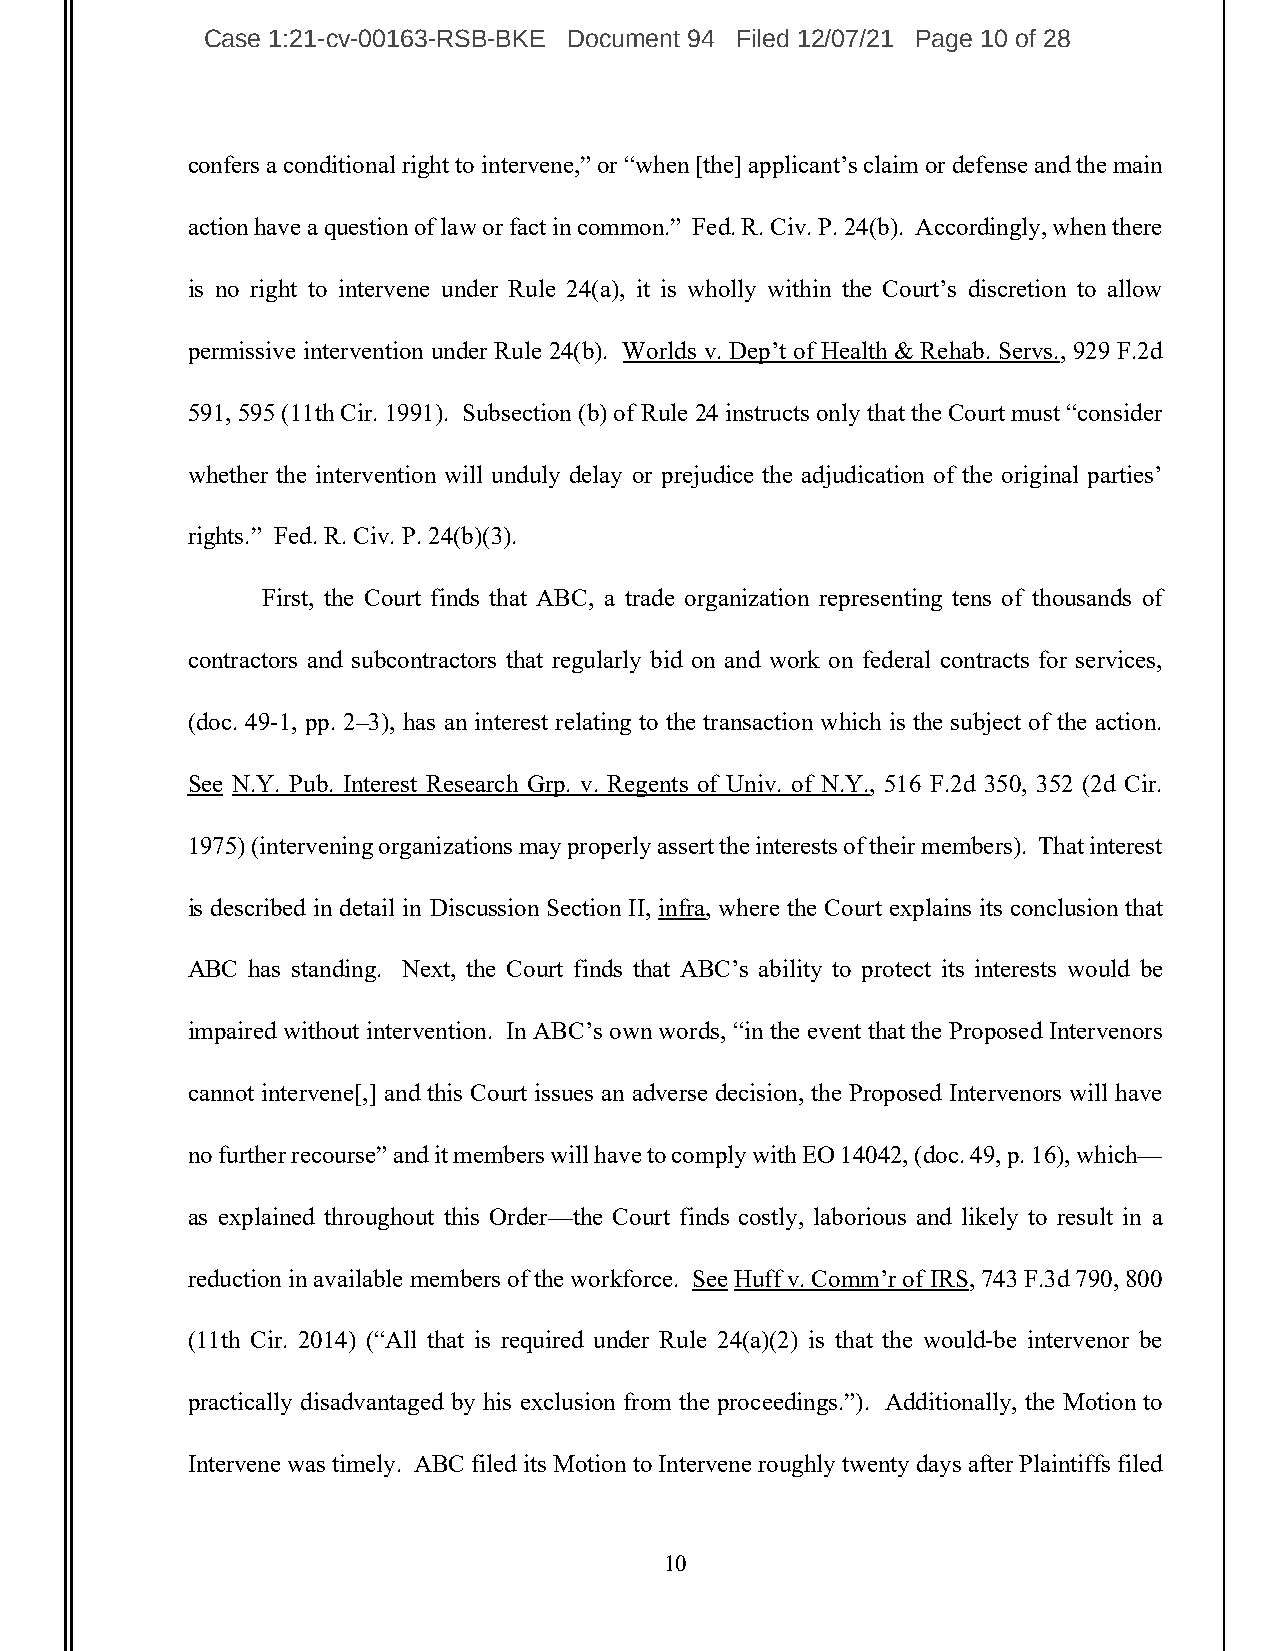
Case 1:21-cv-00163-RSB-BKE Document 94 Filed 12/07/21 Page 10 of 28
 confers a conditional right to intervene,” or “when [the] applicant’s claim or defense and the main
 action have a question of law or fact in common.” Fed. R. Civ. P. 24(b). Accordingly, when there
 is no right to intervene under Rule 24(a), it is wholly within the Court’s discretion to allow
 permissive intervention under Rule 24(b). Worlds v. Dep’t of Health & Rehab. Servs., 929 F.2d
 591, 595 (11th Cir. 1991). Subsection (b) of Rule 24 instructs only that the Court must “consider
 whether the intervention will unduly delay or prejudice the adjudication of the original parties’
 rights.” Fed. R. Civ. P. 24(b)(3).
 First, the Court finds that ABC, a trade organization representing tens of thousands of
 contractors and subcontractors that regularly bid on and work on federal contracts for services,
 (doc. 49-1, pp. 2–3), has an interest relating to the transaction which is the subject of the action.
 See N.Y. Pub. Interest Research Grp. v. Regents of Univ. of N.Y., 516 F.2d 350, 352 (2d Cir.
 1975) (intervening organizations may properly assert the interests of their members). That interest
 is described in detail in Discussion Section II, infra, where the Court explains its conclusion that
 ABC has standing. Next, the Court finds that ABC’s ability to protect its interests would be
 impaired without intervention. In ABC’s own words, “in the event that the Proposed Intervenors
 cannot intervene[,] and this Court issues an adverse decision, the Proposed Intervenors will have
 no further recourse” and it members will have to comply with EO 14042, (doc. 49, p. 16), which—
 as explained throughout this Order—the Court finds costly, laborious and likely to result in a
 reduction in available members of the workforce. See Huff v. Comm’r of IRS, 743 F.3d 790, 800
 (11th Cir. 2014) (“All that is required under Rule 24(a)(2) is that the would-be intervenor be
 practically disadvantaged by his exclusion from the proceedings.”). Additionally, the Motion to
 Intervene was timely. ABC filed its Motion to Intervene roughly twenty days after Plaintiffs filed
 10